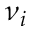
\nu _ { i }